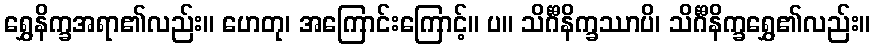
ရွှေနိက္ခအရာ၏လည်း။ ဟေတု၊ အကြောင်းကြောင့်။ ပ။ သိင်္ဂီနိက္ခဿာပိ၊ သိင်္ဂီနိက္ခရွှေ၏လည်း။